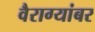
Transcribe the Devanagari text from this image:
वैराग्यांबर